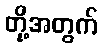
တို့အတွက်